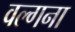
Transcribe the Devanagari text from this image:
वल्गना